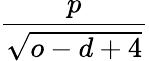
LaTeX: \frac{p}{\sqrt{o-d+4}}